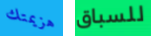
هزيمتك للسباق